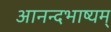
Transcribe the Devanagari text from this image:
आनन्दभाष्यम्